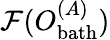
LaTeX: \mathcal{F}(O_{\mathrm{bath}}^{(A)})